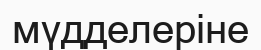
мүдделеріне